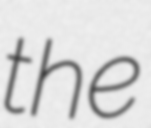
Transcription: the